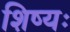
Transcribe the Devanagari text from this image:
शिष्यः